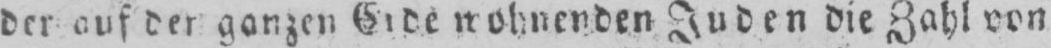
der auf der ganzen Erde wohnenden Juden die Zahl von